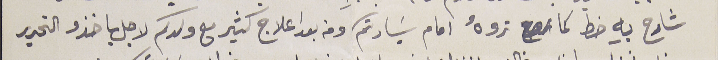
شارح بهِ خط كما رح تروهُ امام سَيادتكم ومن بعد اعلاج كثير مع ولدكم لاجل ياخذو التحرير